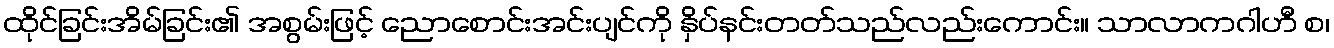
ထိုင်ခြင်းအိမ်ခြင်း၏ အစွမ်းဖြင့် ညောစောင်းအင်းပျင်ကို နှိပ်နင်းတတ်သည်လည်းကောင်း။ သာလာကဂါဟီ စ၊